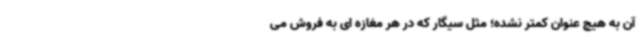
آن به هیچ عنوان کمتر نشده؛ مثل سیگار که در هر مغازه ای به فروش می